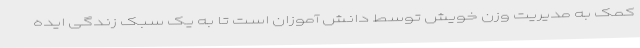
کمک به مدیریت وزن خویش توسط دانش آموزان است تا به یک سبک زندگی ایده